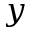
y